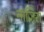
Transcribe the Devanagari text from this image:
नाजिरा